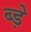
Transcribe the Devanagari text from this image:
ब्ड़े